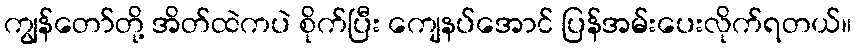
ကျွန်တော်တို့ အိတ်ထဲကပဲ စိုက်ပြီး ကျေနပ်အောင် ပြန်အမ်းပေးလိုက်ရတယ်။